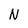
Character: N